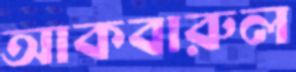
আকবারুল